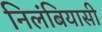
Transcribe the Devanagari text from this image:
निलंबियासी